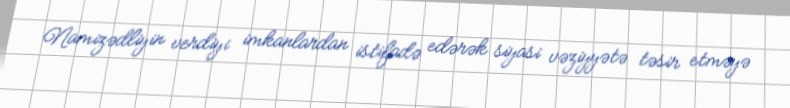
Namizədliyin verdiyi imkanlardan istifadə edərək siyasi vəziyyətə təsir etməyə